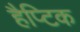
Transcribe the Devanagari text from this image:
हैप्टिक